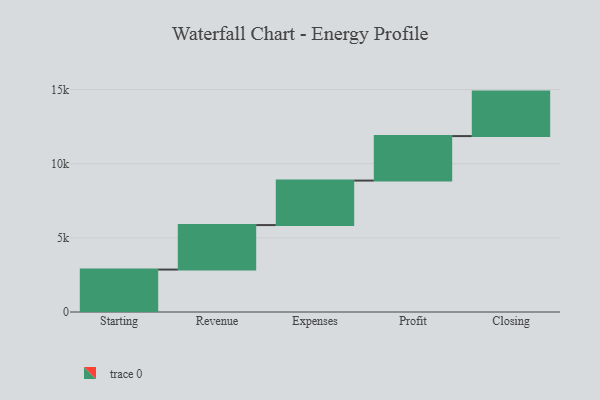
{"axis": {"x": "Step", "y": "Value"}, "legend": [""], "data": [{"x": "Starting", "y": 2862.0, "type": ""}, {"x": "Revenue", "y": 3000, "type": ""}, {"x": "Expenses", "y": 3000, "type": ""}, {"x": "Profit", "y": 3000, "type": ""}, {"x": "Closing", "y": 3000, "type": ""}]}